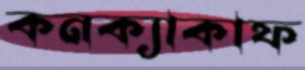
কনক্যাকাফ